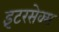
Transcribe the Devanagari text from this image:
इंटरसेक्स